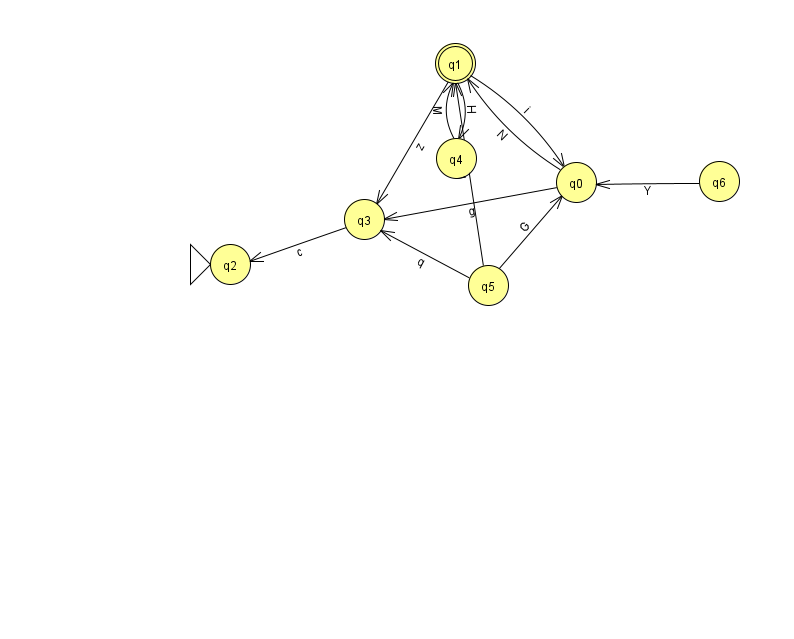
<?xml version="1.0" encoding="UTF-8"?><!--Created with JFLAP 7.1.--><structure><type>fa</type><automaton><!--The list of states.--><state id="0" name="q0"><x>576.0</x><y>169.0</y></state><state id="1" name="q1"><x>455.0</x><y>50.0</y><final/></state><state id="2" name="q2"><x>230.0</x><y>251.0</y><initial/></state><state id="3" name="q3"><x>364.0</x><y>206.0</y></state><state id="4" name="q4"><x>456.0</x><y>145.0</y></state><state id="5" name="q5"><x>488.0</x><y>272.0</y></state><state id="6" name="q6"><x>719.0</x><y>168.0</y></state><!--The list of transitions.--><transition><from>1</from><to>4</to><read>H</read></transition><transition><from>6</from><to>0</to><read>Y</read></transition><transition><from>1</from><to>0</to><read>i</read></transition><transition><from>0</from><to>1</to><read>N</read></transition><transition><from>4</from><to>1</to><read>M</read></transition><transition><from>5</from><to>3</to><read>q</read></transition><transition><from>0</from><to>3</to><read>g</read></transition><transition><from>3</from><to>2</to><read>c</read></transition><transition><from>5</from><to>0</to><read>G</read></transition><transition><from>5</from><to>1</to><read>M</read></transition><transition><from>1</from><to>3</to><read>z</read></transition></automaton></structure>